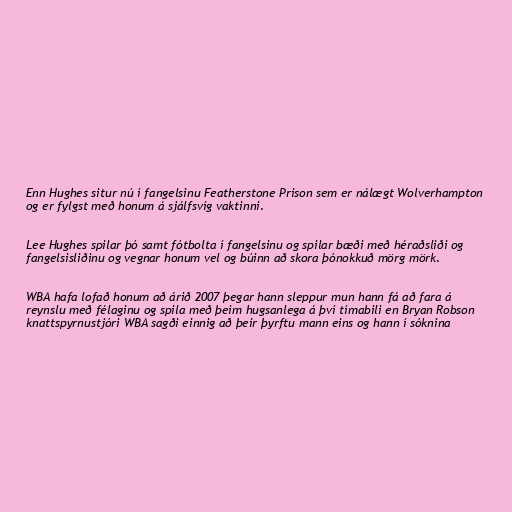
Enn Hughes situr nú í fangelsinu Featherstone Prison sem er nálægt Wolverhampton
og er fylgst með honum á sjálfsvíg vaktinni.

Lee Hughes spilar þó samt fótbolta í fangelsinu og spilar bæði með héraðsliði og
fangelsisliðinu og vegnar honum vel og búinn að skora þónokkuð mörg mörk.

WBA hafa lofað honum að árið 2007 þegar hann sleppur mun hann fá að fara á
reynslu með félaginu og spila með þeim hugsanlega á því tímabili en Bryan Robson
knattspyrnustjóri WBA sagði einnig að þeir þyrftu mann eins og hann í sóknina